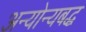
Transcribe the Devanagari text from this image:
अन्योन्यबद्ध